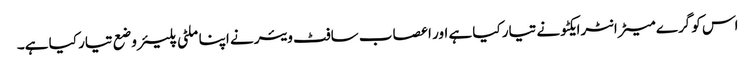
اس کو گرے میٹر انٹرایکٹو نے تیار کیا ہے اور اعصاب سافٹ ویئر نے اپنا ملٹی پلیئر وضع تیار کیا ہے۔